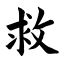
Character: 救